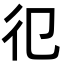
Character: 𢒿